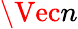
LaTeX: \Vec{n}